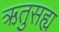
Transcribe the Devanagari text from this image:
ऋतुसह्य